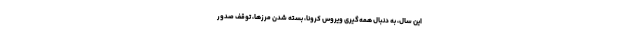
این سال، به دنبال همه‌گیری ویروس کرونا، بسته شدن مرزها، توقف صدور